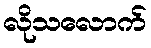
လိုသလောက်